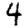
Digit: 4